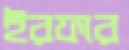
ইরফার